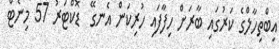
އިބްތިހާލްގެ ކަރުގައި ބާރަށް ހިފާފައި ހުރިކަން އެނގޭ  ޑޮކްޓަރު 57 މިނެޓް